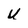
Character: U